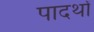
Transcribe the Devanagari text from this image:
पादर्थों